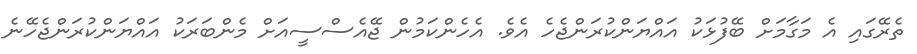
ތެރޭގައި އެ މަގާމަށް ބޭފުޅަކު އައްޔަންކުރަންޖެހެ އެވެ. އެހެންކަމުން ޖޭއެސްސީއަށް މެންބަރަކު އައްޔަންކުރަންޖެހޭނެ